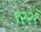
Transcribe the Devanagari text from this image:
९२२१